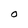
Character: t